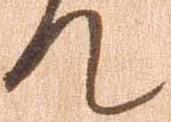
て